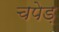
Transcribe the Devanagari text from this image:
चपेड़